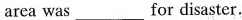
area was _ for disaster.